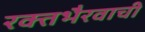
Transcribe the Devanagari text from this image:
रक्तभैरवाची